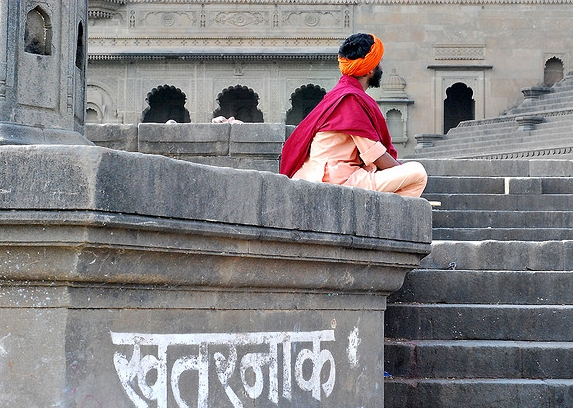
Language: hindi
Transcription: खतरनाक